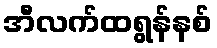
အီလက်ထရွန်နစ်